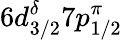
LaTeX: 6d_{3/2}^{\delta}7p_{1/2}^{\pi}